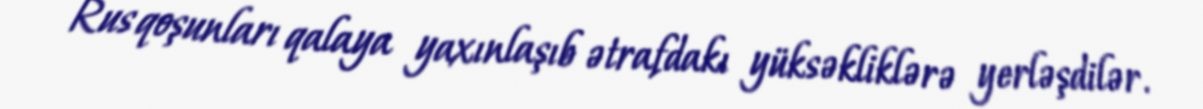
Rus qoşunları qalaya yaxınlaşıb ətrafdakı yüksəkliklərə yerləşdilər.